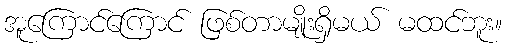
အူကြောင်ကြောင် ဖြစ်တာမျိုးရှိမယ် မထင်ဘူး။